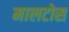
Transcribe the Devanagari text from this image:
मालटोस